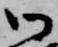
御